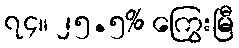
၇၄။ ၂၅.၅% ကြွေးမြီ